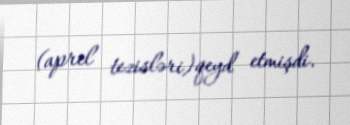
(aprel tezisləri)qeyd etmişdi.